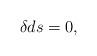
LaTeX: \begin{align*} \delta d s = 0,\end{align*}